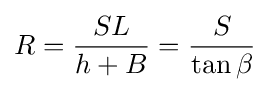
R={\frac {SL}{h+B}}={\frac {S}{\tan \beta }}